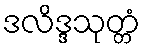
ဒလိဒ္ဒသုတ္တံ